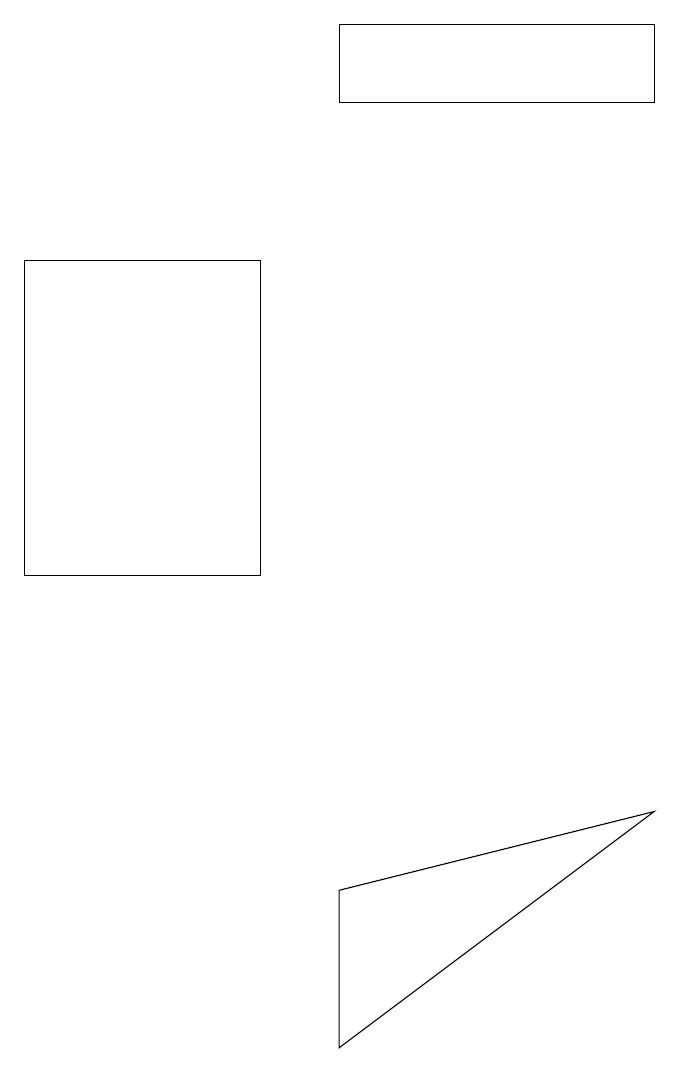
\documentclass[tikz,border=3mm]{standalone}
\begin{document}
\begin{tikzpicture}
\draw (4,18) rectangle (8,17);
\draw (4,7) -- (4,5) -- (8,8) -- cycle;
\draw (3,15) rectangle (0,11);
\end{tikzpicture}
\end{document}